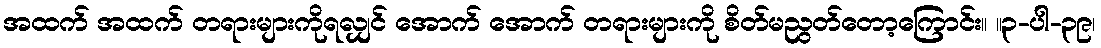
အထက် အထက် တရားများကိုရလျှင် အောက် အောက် တရားများကို စိတ်မညွတ်တော့ကြောင်း။ ။၃-ပါ-၃၉၊